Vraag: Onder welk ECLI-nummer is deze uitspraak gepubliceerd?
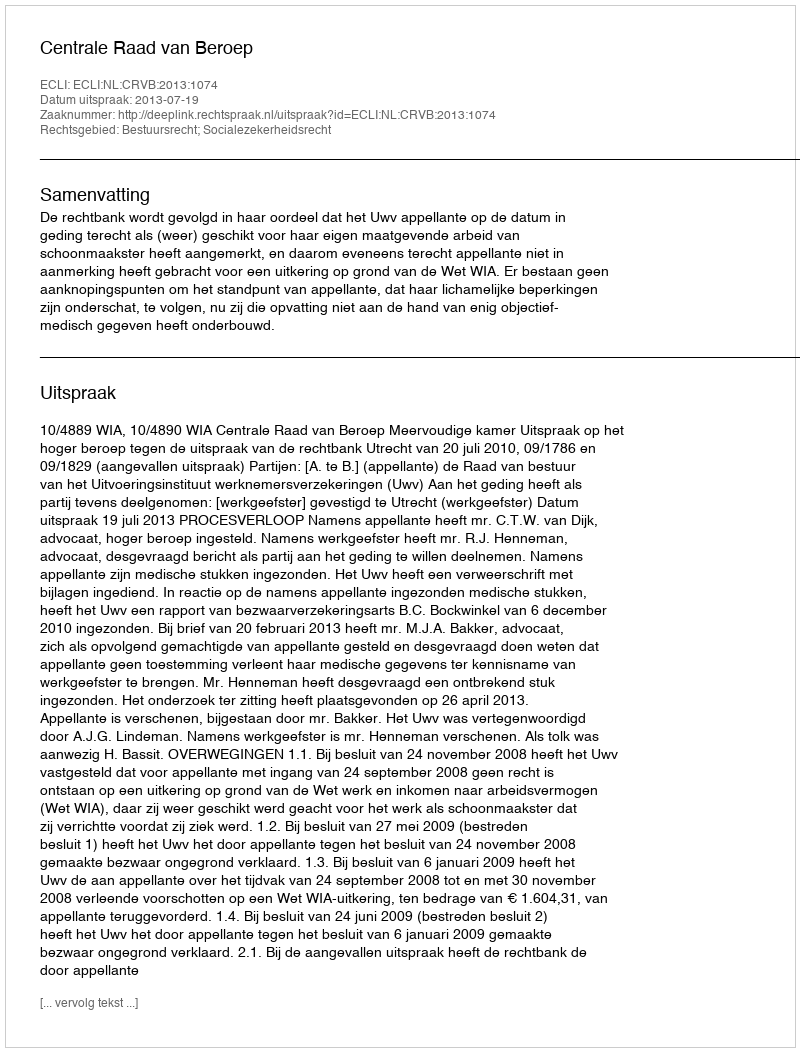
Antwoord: ECLI:NL:CRVB:2013:1074